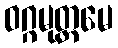
ဝဂ္ဂမုတ္တမေ